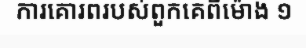
ការគោរពរបស់ពួកគេពីម៉ោង ១